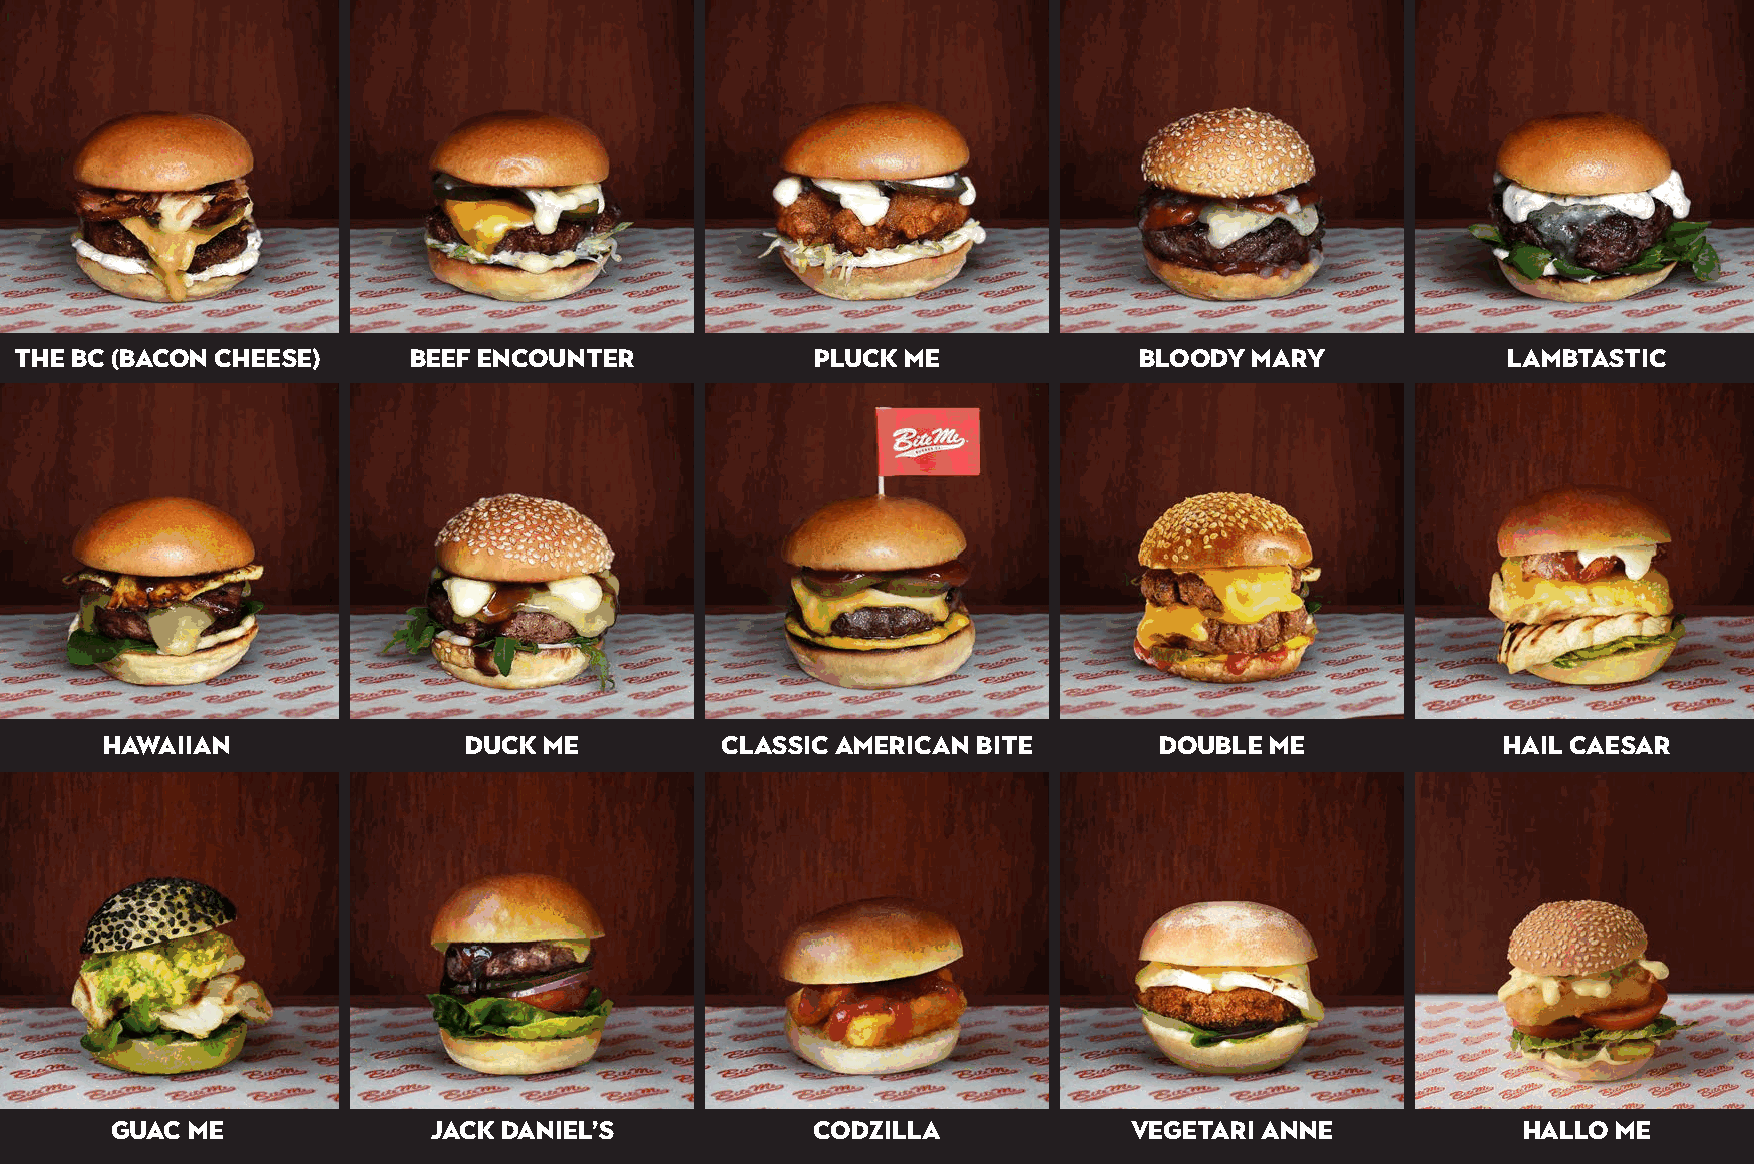
The BC (Bacon Cheese)     Beef Encounter             Pluck Me             Bloody  Mary             Lambtastic
 Hawaiian                Duck Me          Classic american bite        Double me              Hail caesar
 Guac me              Jack Daniel’s             Codzilla             Vegetari anne             Hallo me